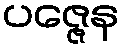
ပဇ္ဇေန